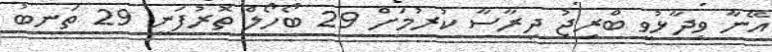
އޭނާ ވިދާޅުވީ ބްރިޖު ދިރާސާ ކުރުމަށް 29 ބޯހޯލް ތޮރުފަނީ 29 ތަނބު